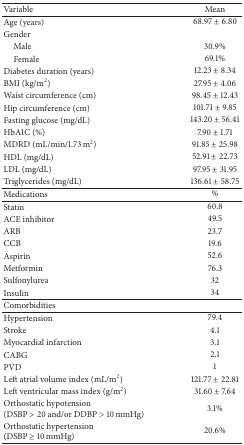
| Variable | Mean |
 | --- | --- |
 | Age (years) | 68.97 ± 6.80 |
 | Gender |  |
 | Male | 30.9% |
 | Female | 69.1% |
 | Diabetes duration (years) | 12.23 ± 8.34 |
 | BMI (kg/m2) | 27.95 ± 4.06 |
 | Waist circumference (cm) | 98.45 ± 12.43 |
 | Hip circumference (cm) | 101.71 ± 9.85 |
 | Fasting glucose (mg/dL) | 143.20 ± 56.41 |
 | HbA1C (%) | 7.90 ± 1.71 |
 | MDRD (mL/min/1.73 m2) | 91.85 ± 25.98 |
 | HDL (mg/dL) | 52.91 ± 22.73 |
 | LDL (mg/dL) | 97.95 ± 31.95 |
 | Triglycerides (mg/dL) | 136.61 ± 58.75 |
 | Medications | % |
 | Statin | 60.8 |
 | ACE inhibitor | 49.5 |
 | ARB | 23.7 |
 | CCB | 19.6 |
 | Aspirin | 52.6 |
 | Metformin | 76.3 |
 | Sulfonylurea | 32 |
 | Insulin | 34 |
 | Comorbidities |  |
 | Hypertension | 79.4 |
 | Stroke | 4.1 |
 | Myocardial infarction | 3.1 |
 | CABG | 2.1 |
 | PVD | 1 |
 | Left atrial volume index (mL/m2) | 121.77 ± 22.81 |
 | Left ventricular mass index (g/m2) | 31.60 ± 7.64 |
 | Orthostatic hypotension (DSBP > 20 and/or DDBP > 10 mmHg) | 3.1% |
 | Orthostatic hypertension (DSBP ≥ 10 mmHg) | 20.6% |